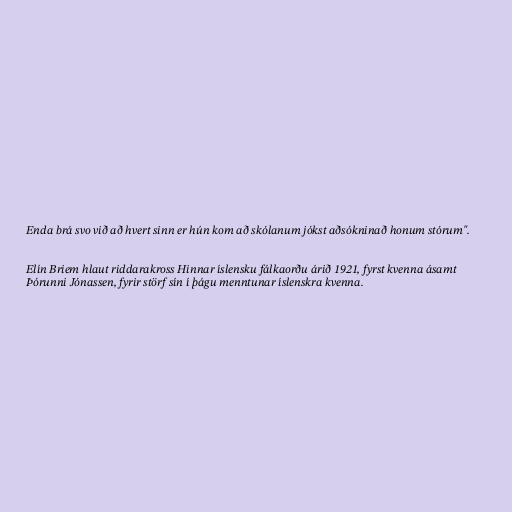
Enda brá svo við að hvert sinn er hún kom að skólanum jókst aðsókninað honum stórum".

Elín Briem hlaut riddarakross Hinnar íslensku fálkaorðu árið 1921, fyrst kvenna ásamt
Þórunni Jónassen, fyrir störf sín í þágu menntunar íslenskra kvenna.